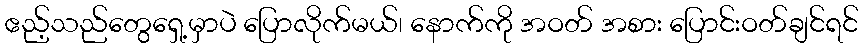
ဧည့်သည်တွေရှေ့မှာပဲ ပြောလိုက်မယ်၊ နောက်ကို အဝတ် အစား ပြောင်းဝတ်ချင်ရင်